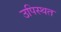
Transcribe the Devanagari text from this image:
उपिस्थत